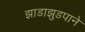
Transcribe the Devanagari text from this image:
झाडाझुडपाने